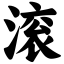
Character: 滚